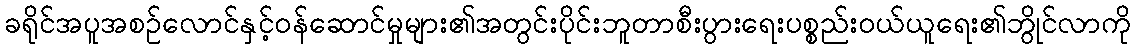
ခရိုင်အပူအစဉ်လောင်နှင့်ဝန်ဆောင်မှုများ၏အတွင်းပိုင်းဘူတာစီးပွားရေးပစ္စည်းဝယ်ယူရေး၏ဘွိုင်လာကို